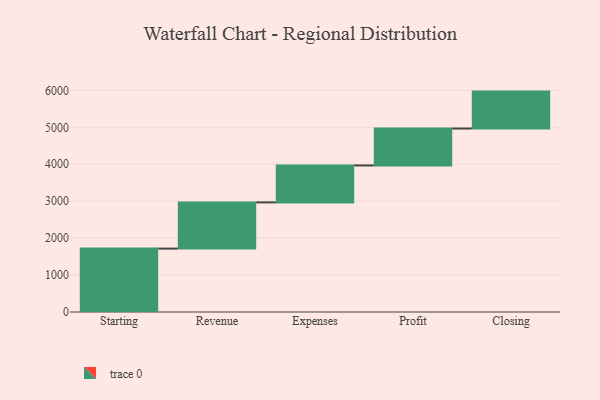
{"axis": {"x": "Step", "y": "Value"}, "legend": [""], "data": [{"x": "Starting", "y": 1717.0, "type": ""}, {"x": "Revenue", "y": 1251.0, "type": ""}, {"x": "Expenses", "y": 1000, "type": ""}, {"x": "Profit", "y": 1000, "type": ""}, {"x": "Closing", "y": 1000, "type": ""}]}